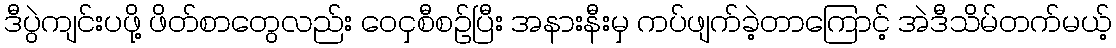
ဒီပွဲကျင်းပဖို့ ဖိတ်စာတွေလည်း ဝေငှစီစဉ်ပြီး အနားနီးမှ ကပ်ဖျက်ခဲ့တာကြောင့် အဲဒီသိမ်တက်မယ့်